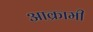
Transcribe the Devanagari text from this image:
आक्रामी